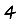
Digit: 4